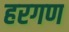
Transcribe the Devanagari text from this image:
हरगण